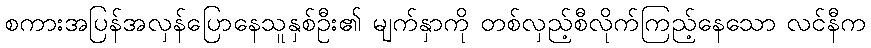
စကားအပြန်အလှန်ပြောနေသူနှစ်ဦး၏ မျက်နှာကို တစ်လှည့်စီလိုက်ကြည့်နေသော လင်နီက